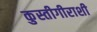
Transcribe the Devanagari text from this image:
कुस्तीगीराशी